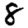
Digit: 8